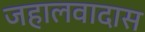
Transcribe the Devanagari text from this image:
जहालवादास